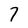
Character: 7